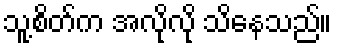
သူ့စိတ်က အလိုလို သိနေသည်။